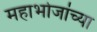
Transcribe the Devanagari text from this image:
महाभोजांच्या